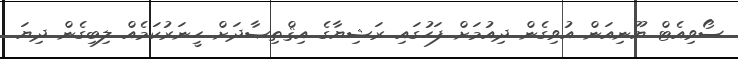
ސޯވިއެޓް ޔޫނިއަން އުވިގެން ދިއުމަށް ފަހުގައި ރަޝިޔާގެ އިޤްތިޞާދަށް ހީނަރުކަމެއް ލިބިގެން ދިޔަ